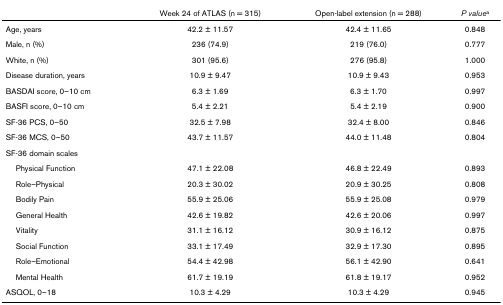
<table><thead><tr><td></td><td><b>Week 24 of ATLAS (n = 315)</b></td><td><b>Open-label extension (n = 288)</b></td><td><b><i>P value</i><sup>a</sup></b></td></tr></thead><tbody><tr><td>Age, years</td><td>42.2 ± 11.57</td><td>42.4 ± 11.65</td><td>0.848</td></tr><tr><td>Male, n (%)</td><td>236 (74.9)</td><td>219 (76.0)</td><td>0.777</td></tr><tr><td>White, n (%)</td><td>301 (95.6)</td><td>276 (95.8)</td><td>1.000</td></tr><tr><td>Disease duration, years</td><td>10.9 ± 9.47</td><td>10.9 ± 9.43</td><td>0.953</td></tr><tr><td>BASDAI score, 0–10 cm</td><td>6.3 ± 1.69</td><td>6.3 ± 1.70</td><td>0.997</td></tr><tr><td>BASFI score, 0–10 cm</td><td>5.4 ± 2.21</td><td>5.4 ± 2.19</td><td>0.900</td></tr><tr><td>SF-36 PCS, 0–50</td><td>32.5 ± 7.98</td><td>32.4 ± 8.00</td><td>0.846</td></tr><tr><td>SF-36 MCS, 0–50</td><td>43.7 ± 11.57</td><td>44.0 ± 11.48</td><td>0.804</td></tr><tr><td colspan="4">SF-36 domain scales</td></tr><tr><td> Physical Function</td><td>47.1 ± 22.08</td><td>46.8 ± 22.49</td><td>0.893</td></tr><tr><td> Role–Physical</td><td>20.3 ± 30.02</td><td>20.9 ± 30.25</td><td>0.808</td></tr><tr><td> Bodily Pain</td><td>55.9 ± 25.06</td><td>55.9 ± 25.08</td><td>0.979</td></tr><tr><td> General Health</td><td>42.6 ± 19.82</td><td>42.6 ± 20.06</td><td>0.997</td></tr><tr><td> Vitality</td><td>31.1 ± 16.12</td><td>30.9 ± 16.12</td><td>0.875</td></tr><tr><td> Social Function</td><td>33.1 ± 17.49</td><td>32.9 ± 17.30</td><td>0.895</td></tr><tr><td> Role–Emotional</td><td>54.4 ± 42.98</td><td>56.1 ± 42.90</td><td>0.641</td></tr><tr><td> Mental Health</td><td>61.7 ± 19.19</td><td>61.8 ± 19.17</td><td>0.952</td></tr><tr><td>ASQOL, 0–18</td><td>10.3 ± 4.29</td><td>10.3 ± 4.29</td><td>0.945</td></tr></tbody></table>